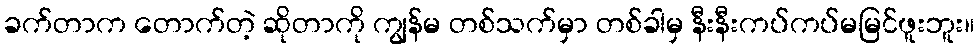
ခက်တာက တောက်တဲ့ ဆိုတာကို ကျွန်မ တစ်သက်မှာ တစ်ခါမှ နီးနီးကပ်ကပ်မမြင်ဖူးဘူး။